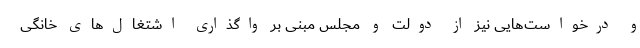
و درخواست‌هایی نیز از دولت و مجلس مبنی بر واگذاری اشتغال‌های خانگی